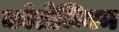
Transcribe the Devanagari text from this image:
कोलेजियम